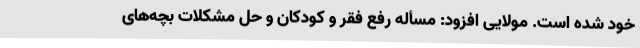
خود شده است. مولایی افزود: مسأله رفع فقر و کودکان و حل مشکلات بچه‌های